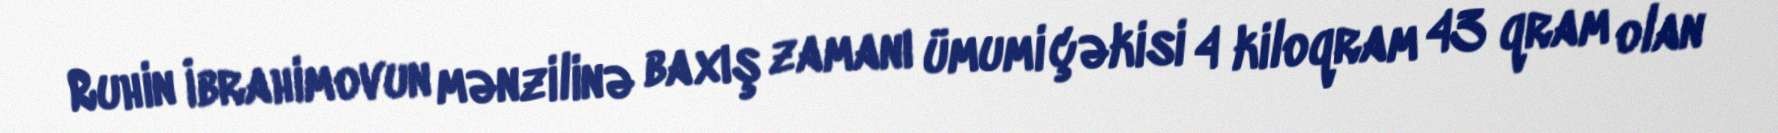
Ruhin İbrahimovun mənzilinə baxış zamanı ümumi çəkisi 4 kiloqram 43 qram olan